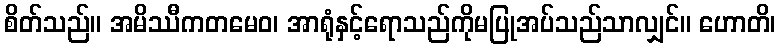
စိတ်သည်။ အမိဿီကတမေဝ၊ အာရုံနှင့်ရောသည်ကိုမပြုအပ်သည်သာလျှင်။ ဟောတိ၊